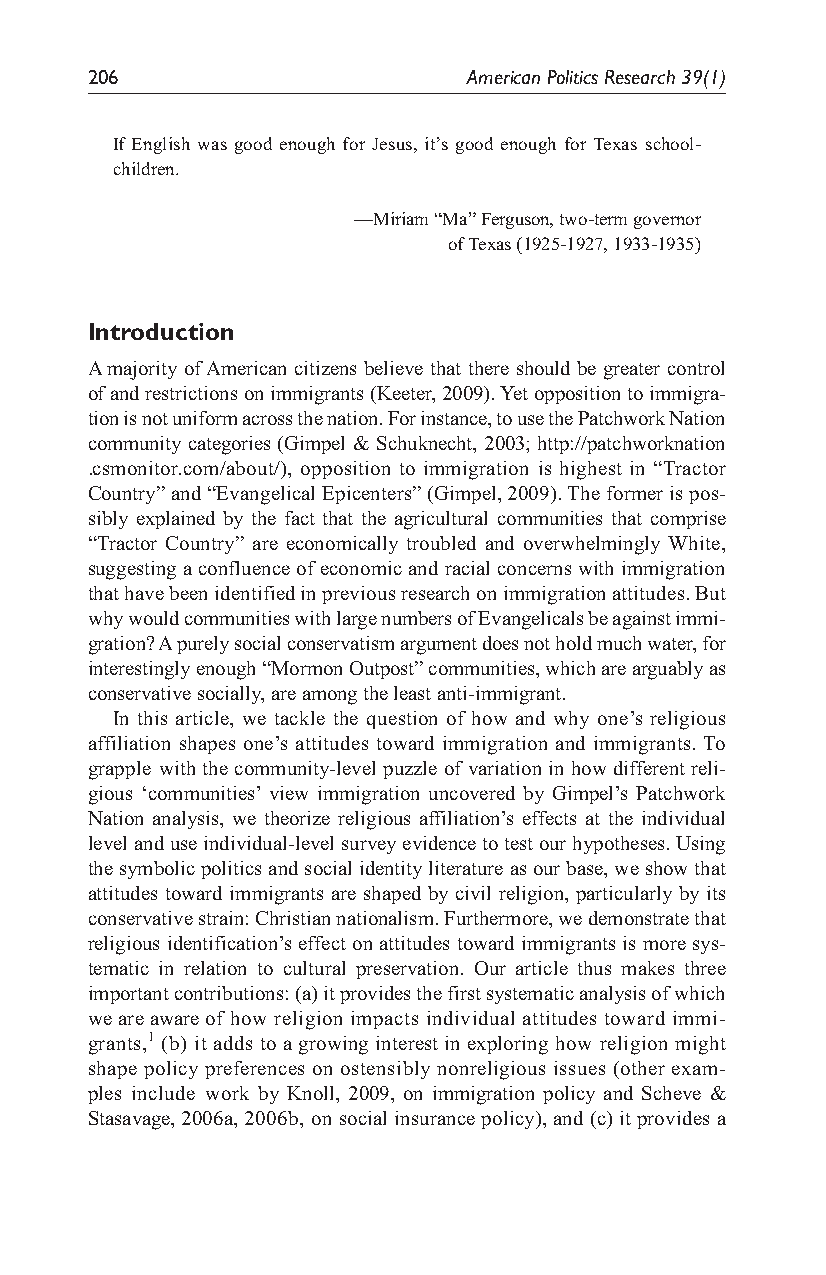
206                      American Politics Research 39(1)
 If English was good enough for Jesus, it’s good enough for Texas school-
 children.
 —Miriam “Ma” Ferguson, two-term governor
 of Texas (1925-1927, 1933-1935)
 Introduction
 A majority of American citizens believe that there should be greater control
 of and restrictions on immigrants (Keeter, 2009). Yet opposition to immigra-
 tion is not uniform across the nation. For instance, to use the Patchwork Nation
 community categories (Gimpel & Schuknecht, 2003; http://patchworknation
 .csmonitor.com/about/), opposition to immigration is highest in “Tractor
 Country” and “Evangelical Epicenters” (Gimpel, 2009). The former is pos-
 sibly explained by the fact that the agricultural communities that comprise
 “Tractor Country” are economically troubled and overwhelmingly White,
 suggesting a confluence of economic and racial concerns with immigration
 that have been identified in previous research on immigration attitudes. But
 why would communities with large numbers of Evangelicals be against immi-
 gration? A purely social conservatism argument does not hold much water, for
 interestingly enough “Mormon Outpost” communities, which are arguably as
 conservative socially, are among the least anti-immigrant.
 In this article, we tackle the question of how and why one’s religious
 affiliation shapes one’s attitudes toward immigration and immigrants. To
 grapple with the community-level puzzle of variation in how different reli-
 gious ‘communities’ view immigration uncovered by Gimpel’s Patchwork
 Nation analysis, we theorize religious affiliation’s effects at the individual
 level and use individual-level survey evidence to test our hypotheses. Using
 the symbolic politics and social identity literature as our base, we show that
 attitudes toward immigrants are shaped by civil religion, particularly by its
 conservative strain: Christian nationalism. Furthermore, we demonstrate that
 religious identification’s effect on attitudes toward immigrants is more sys-
 tematic in relation to cultural preservation. Our article thus makes three
 important contributions: (a) it provides the first systematic analysis of which
 we are aware of how religion impacts individual attitudes toward immi-
 grants,1 (b) it adds to a growing interest in exploring how religion might
 shape policy preferences on ostensibly nonreligious issues (other exam-
 ples include work by Knoll, 2009, on immigration policy and Scheve &
 Stasavage, 2006a, 2006b, on social insurance policy), and (c) it provides a